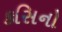
કસિનો